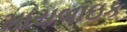
માયબાઇક